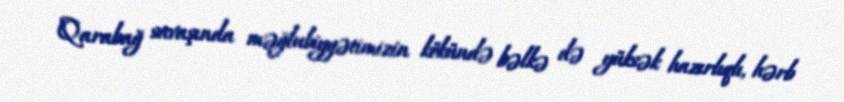
Qarabağ savaşında məğlubiyyətimizin kökündə bəlkə də yüksək hazırlıqlı, hərb